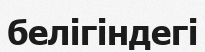
белігіндегі